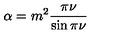
\alpha = m ^ { 2 } \frac { \pi \nu } { \sin \pi \nu }